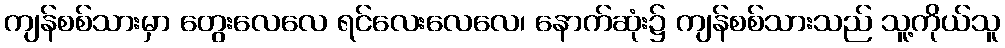
ကျန်စစ်သားမှာ တွေးလေလေ ရင်လေးလေလေ၊ နောက်ဆုံး၌ ကျန်စစ်သားသည် သူ့ကိုယ်သူ